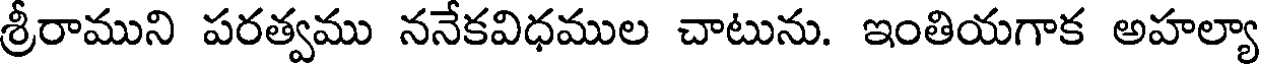
శ్రీరాముని పరత్వము ననేకవిధముల చాటును. ఇంతియగాక అహల్యా